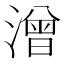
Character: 潧